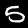
Label: 5